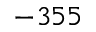
- 3 5 5